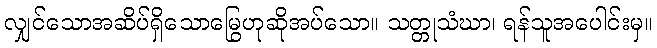
လျှင်သောအဆိပ်ရှိသောမြွေဟုဆိုအပ်သော။ သတ္တုသံဃာ၊ ရန်သူအပေါင်းမှ။